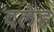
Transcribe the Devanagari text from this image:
दलेह